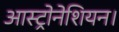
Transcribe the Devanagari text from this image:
आस्ट्रोनेशियन।